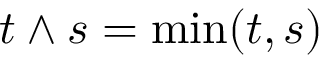
t \wedge s = \operatorname* { m i n } ( t , s )